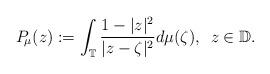
LaTeX: \begin{align*}P_{\!\mu}(z):=\int_{\mathbb T} \frac{1-|z|^2}{|z-\zeta|^2} d\mu(\zeta),\,\,\,z\in \mathbb D.\end{align*}